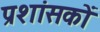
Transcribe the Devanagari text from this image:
प्रशांसकों